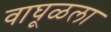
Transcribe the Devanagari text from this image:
वाघूळला